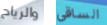
والرياح الساقي